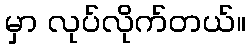
မှာ လုပ်လိုက်တယ်။